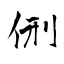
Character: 侀